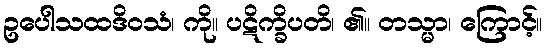
ဥပေါသထဒိဝသံ၊ ကို။ ပဋိက္ခိပတိ၊ ၏။ တသ္မာ၊ ကြောင့်။